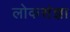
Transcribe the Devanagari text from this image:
लोकसंज्ञा